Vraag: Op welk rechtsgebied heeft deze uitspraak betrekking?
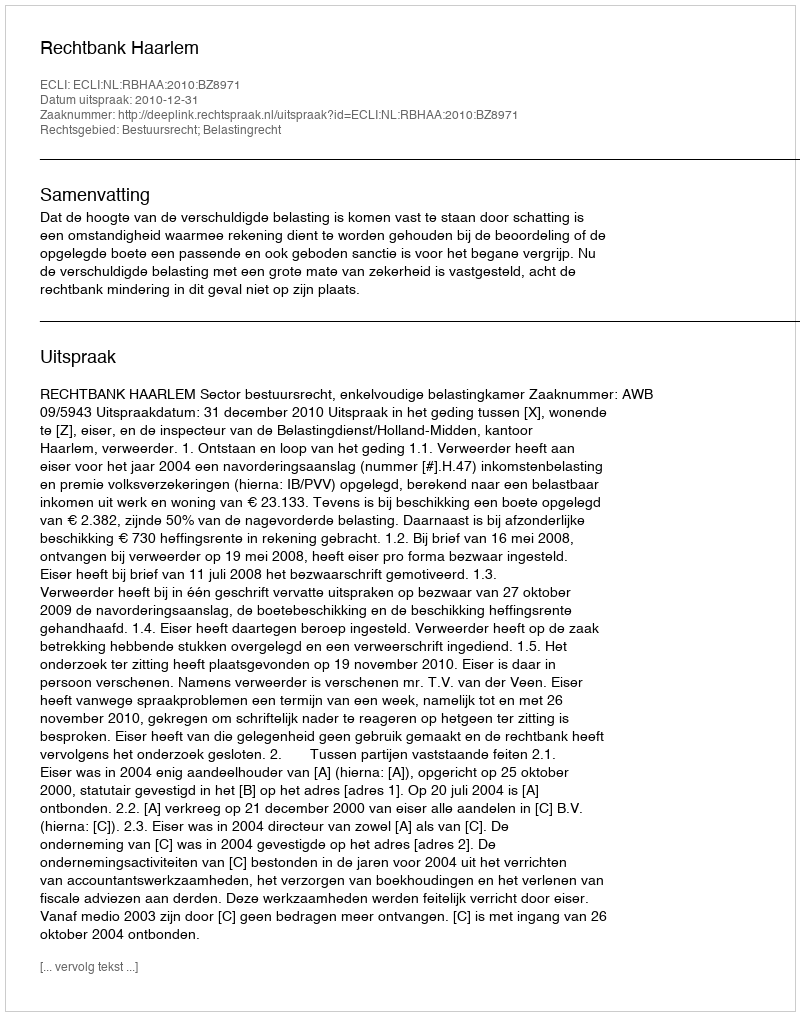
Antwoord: Bestuursrecht; Belastingrecht